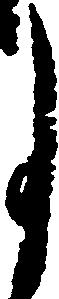
月